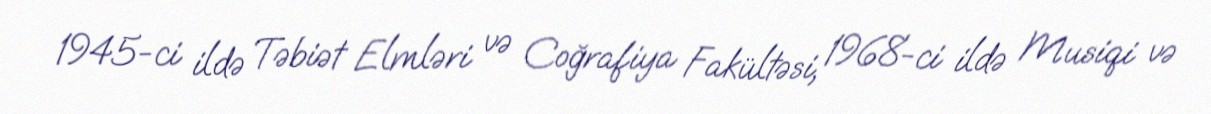
1945-ci ildə Təbiət Elmləri və Coğrafiya Fakültəsi, 1968-ci ildə Musiqi və